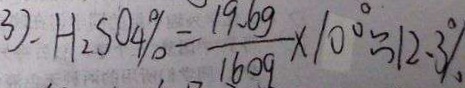
3 ) . H _ { 2 } S O _ { 4 } \% = \frac { 1 9 . 6 g } { 1 6 0 g } \times 1 0 0 ^ { \circ } \approx 1 2 . 3 \%